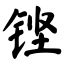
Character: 铿